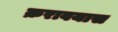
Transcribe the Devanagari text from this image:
क्ररावयास